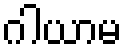
ဂါယာမ